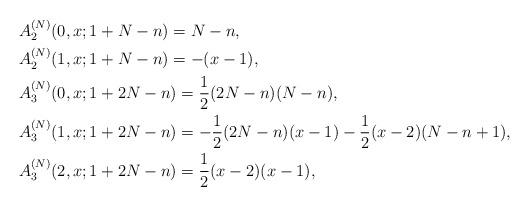
LaTeX: \begin{align*}\begin{aligned}&A_2^{(N)}(0,x;1+N-n)= N-n, \\&A_2^{(N)}(1,x;1+N-n)= -(x-1), \\&A_3^{(N)}(0,x;1+2N-n)= \frac12(2N-n)(N-n), \\&A_3^{(N)}(1,x;1+2N-n)= -\frac12(2N-n)(x-1)-\frac12(x-2)(N-n+1), \\&A_3^{(N)}(2,x;1+2N-n)= \frac12(x-2)(x-1),\end{aligned}\end{align*}